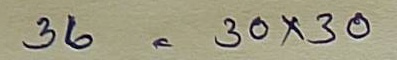
36  = 30 x 30